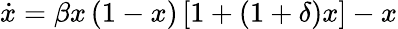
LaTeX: \begin{array}{r}{\dot{x}=\beta x\left({1-x}\right)\left[{1+({1+\delta})x}\right]-x}\end{array}